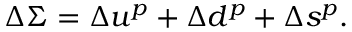
\Delta \Sigma = \Delta u ^ { p } + \Delta d ^ { p } + \Delta s ^ { p } .